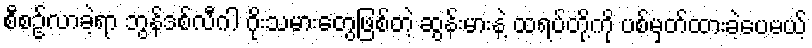
စီစဥ်လာခဲ့ရာ ဘွန်ဒစ်လီဂါ ဂိုးသမားတွေဖြစ်တဲ့ ဆွန်းမားနဲ့ ထရပ်တို့ကို ပစ်မှတ်ထားခဲ့ပေမယ့်